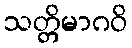
သတ္တိမာဂဝိ